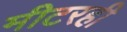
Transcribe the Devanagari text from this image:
मीटरही